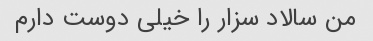
من سالاد سزار را خیلی دوست دارم